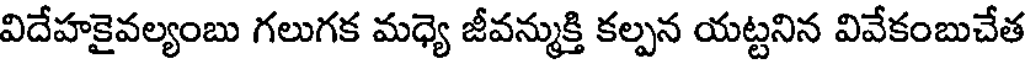
విదేహకైవల్యంబు గలుగక మధ్యె జీవన్ముక్తి కల్పన యట్టనిన వివేకంబుచేత